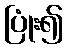
ပြုံး၍